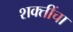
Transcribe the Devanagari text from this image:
शक्‍तींचा